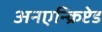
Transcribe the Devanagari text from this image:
अनएन्क्रिप्टेड